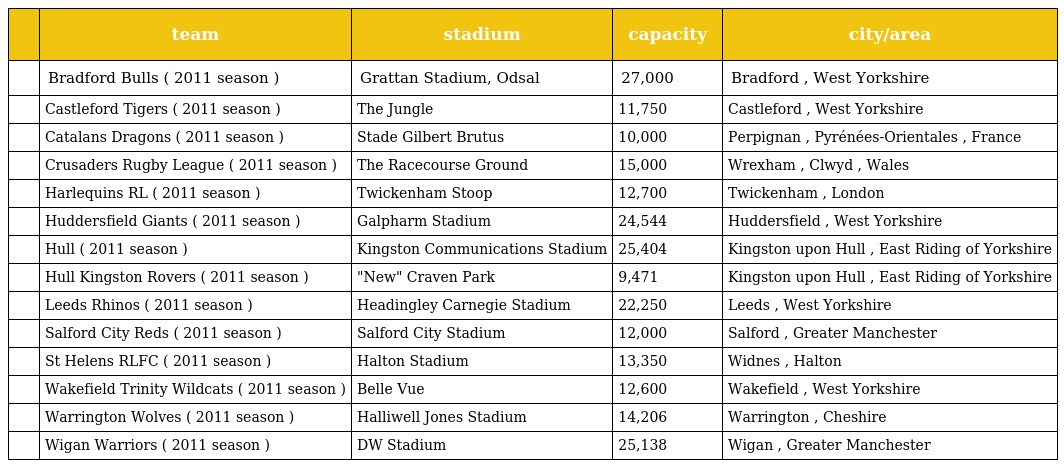
|  | team | stadium | capacity | city/area |
 | --- | --- | --- | --- | --- |
 |  | Bradford Bulls ( 2011 season ) | Grattan Stadium, Odsal | 27,000 | Bradford , West Yorkshire |
 |  | Castleford Tigers ( 2011 season ) | The Jungle | 11,750 | Castleford , West Yorkshire |
 |  | Catalans Dragons ( 2011 season ) | Stade Gilbert Brutus | 10,000 | Perpignan , Pyrénées-Orientales , France |
 |  | Crusaders Rugby League ( 2011 season ) | The Racecourse Ground | 15,000 | Wrexham , Clwyd , Wales |
 |  | Harlequins RL ( 2011 season ) | Twickenham Stoop | 12,700 | Twickenham , London |
 |  | Huddersfield Giants ( 2011 season ) | Galpharm Stadium | 24,544 | Huddersfield , West Yorkshire |
 |  | Hull ( 2011 season ) | Kingston Communications Stadium | 25,404 | Kingston upon Hull , East Riding of Yorkshire |
 |  | Hull Kingston Rovers ( 2011 season ) | "New" Craven Park | 9,471 | Kingston upon Hull , East Riding of Yorkshire |
 |  | Leeds Rhinos ( 2011 season ) | Headingley Carnegie Stadium | 22,250 | Leeds , West Yorkshire |
 |  | Salford City Reds ( 2011 season ) | Salford City Stadium | 12,000 | Salford , Greater Manchester |
 |  | St Helens RLFC ( 2011 season ) | Halton Stadium | 13,350 | Widnes , Halton |
 |  | Wakefield Trinity Wildcats ( 2011 season ) | Belle Vue | 12,600 | Wakefield , West Yorkshire |
 |  | Warrington Wolves ( 2011 season ) | Halliwell Jones Stadium | 14,206 | Warrington , Cheshire |
 |  | Wigan Warriors ( 2011 season ) | DW Stadium | 25,138 | Wigan , Greater Manchester |